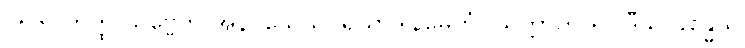
၂၅၆။ တတ္ထ သဗ္ဗေတိ အနဝသေသပရိယာဒါနမေတံ။ သတ္တာတိ ရူပါဒီသု ခန္ဓေသု